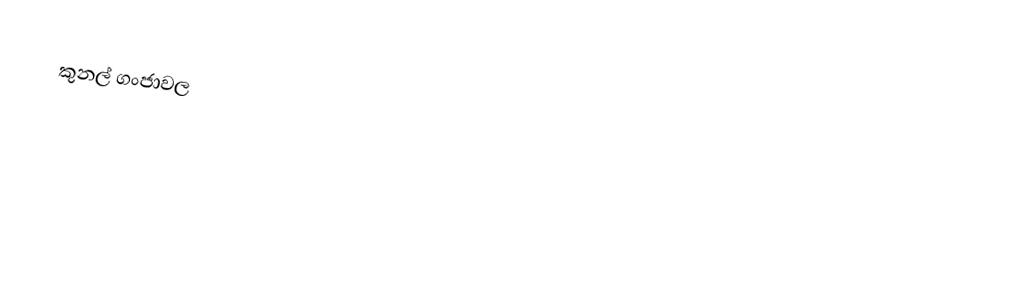
කුනල් ගංජාවල